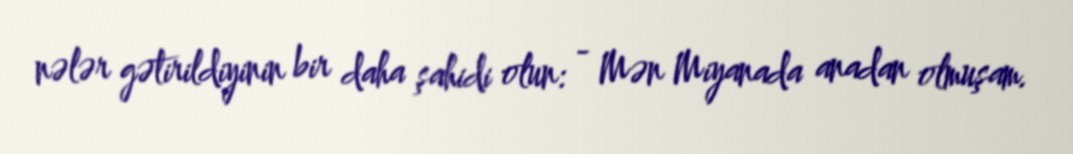
nələr gətirildiyinin bir daha şahidi olun: - Mən Miyanada anadan olmuşam.